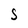
Character: S